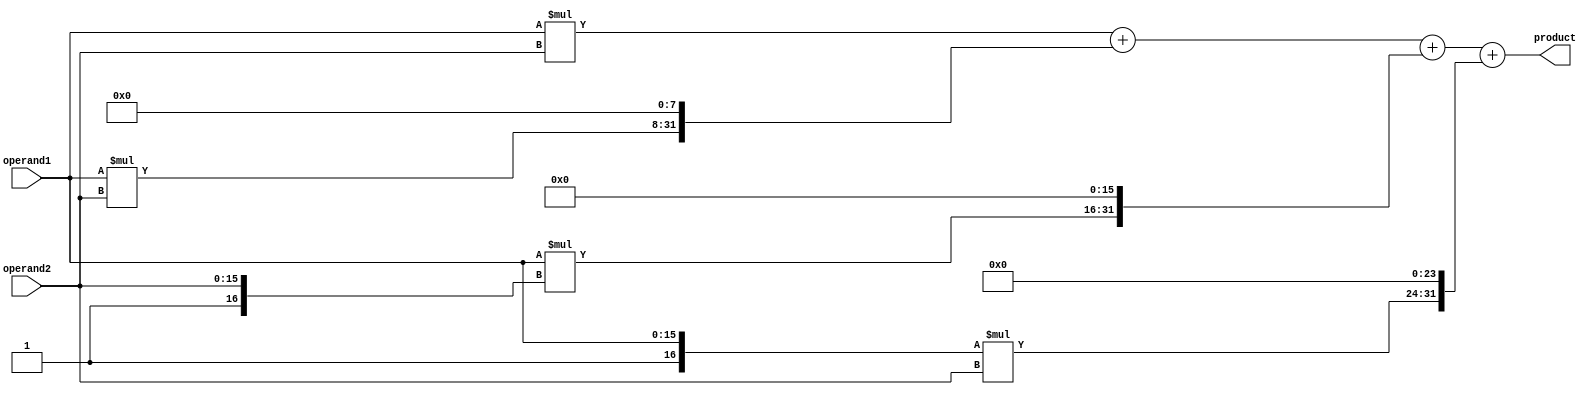
module Radix4_Multiplier(
    input [15:0] operand1,
    input [15:0] operand2,
    output reg [31:0] product
);

reg [31:0] partial_product[3:0];

always @* begin
    // Radix-4 Booth Encoder
    partial_product[0] = operand1 * operand2; // Initial partial product
    
    partial_product[1] = {16'd0, operand1[15:0]} * {16'd0, operand2[15:0]}; // Generate partial product using Booth Encoding
    
    partial_product[2] = {16'd0, operand1[15:0]} * {16'd1, operand2[15:0]}; // Generate partial product using Booth Encoding
    
    partial_product[3] = {16'd1, operand1[15:0]} * {16'd0, operand2[15:0]}; // Generate partial product using Booth Encoding
    
    // Radix-4 Booth Encoder Controller
    product = partial_product[0] + (partial_product[1] << 8) + (partial_product[2] << 16) + (partial_product[3] << 24); // Add partial products to get final result
end

endmodule